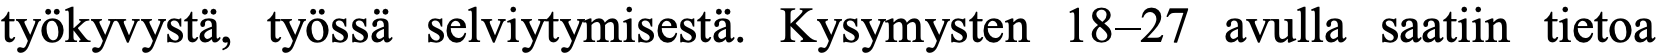
työkyvystä, työssä selviytymisestä. Kysymysten 18–27 avulla saatiin tietoa